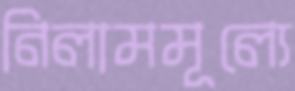
নিলামমূল্যে